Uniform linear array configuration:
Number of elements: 32
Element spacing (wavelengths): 0.25
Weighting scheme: uniform
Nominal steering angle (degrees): -30
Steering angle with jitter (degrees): -28.481
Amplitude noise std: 0.05
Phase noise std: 0.05

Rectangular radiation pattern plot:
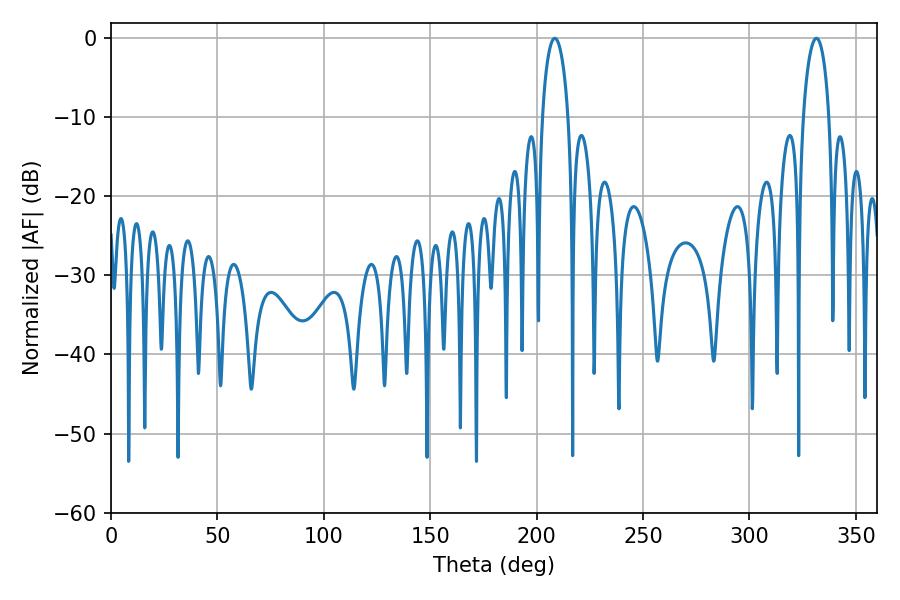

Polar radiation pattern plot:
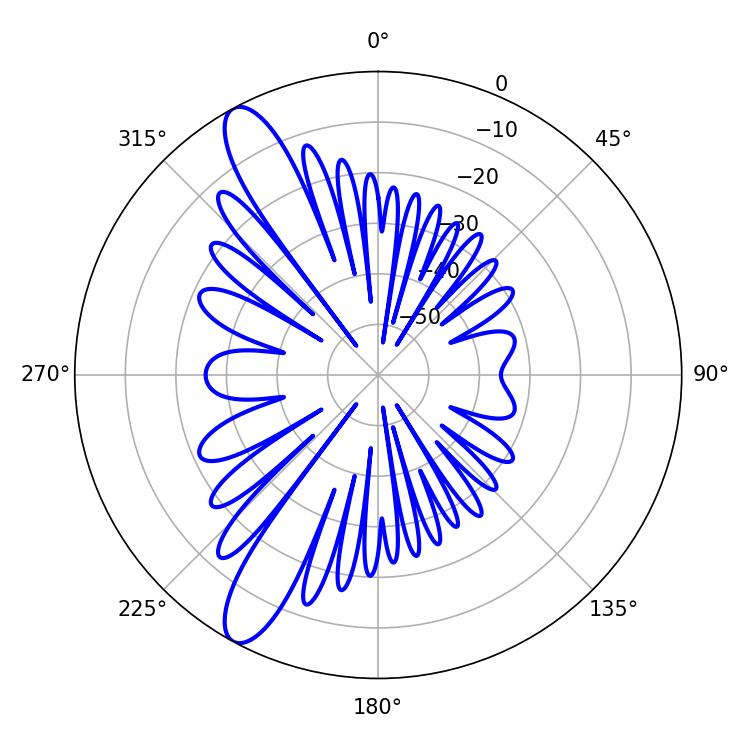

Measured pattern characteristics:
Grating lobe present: FALSE
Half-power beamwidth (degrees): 6.84
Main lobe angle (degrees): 208.62